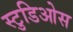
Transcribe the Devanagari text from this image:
स्टुडिओस